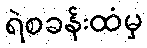
ရဲစခန်းထံမှ